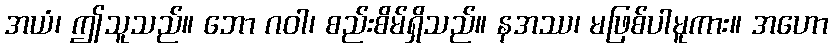
အယံ၊ ဤသူသည်။ ဘော ဂဝါ၊ စည်းစိမ်ရှိသည်။ နအဿ၊ မဖြစ်ပါမူကား။ အဟော